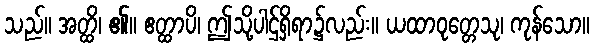
သည်။ အတ္ထိ၊ ၏။ ဧတ္ထာပိ၊ ဤသို့ပါဌ်ရှိရာ၌လည်း။ ယထာဝုတ္တေသု၊ ကုန်သော။